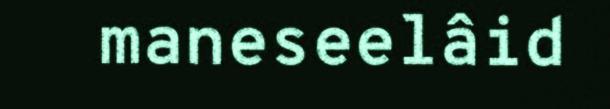
maneseelâid